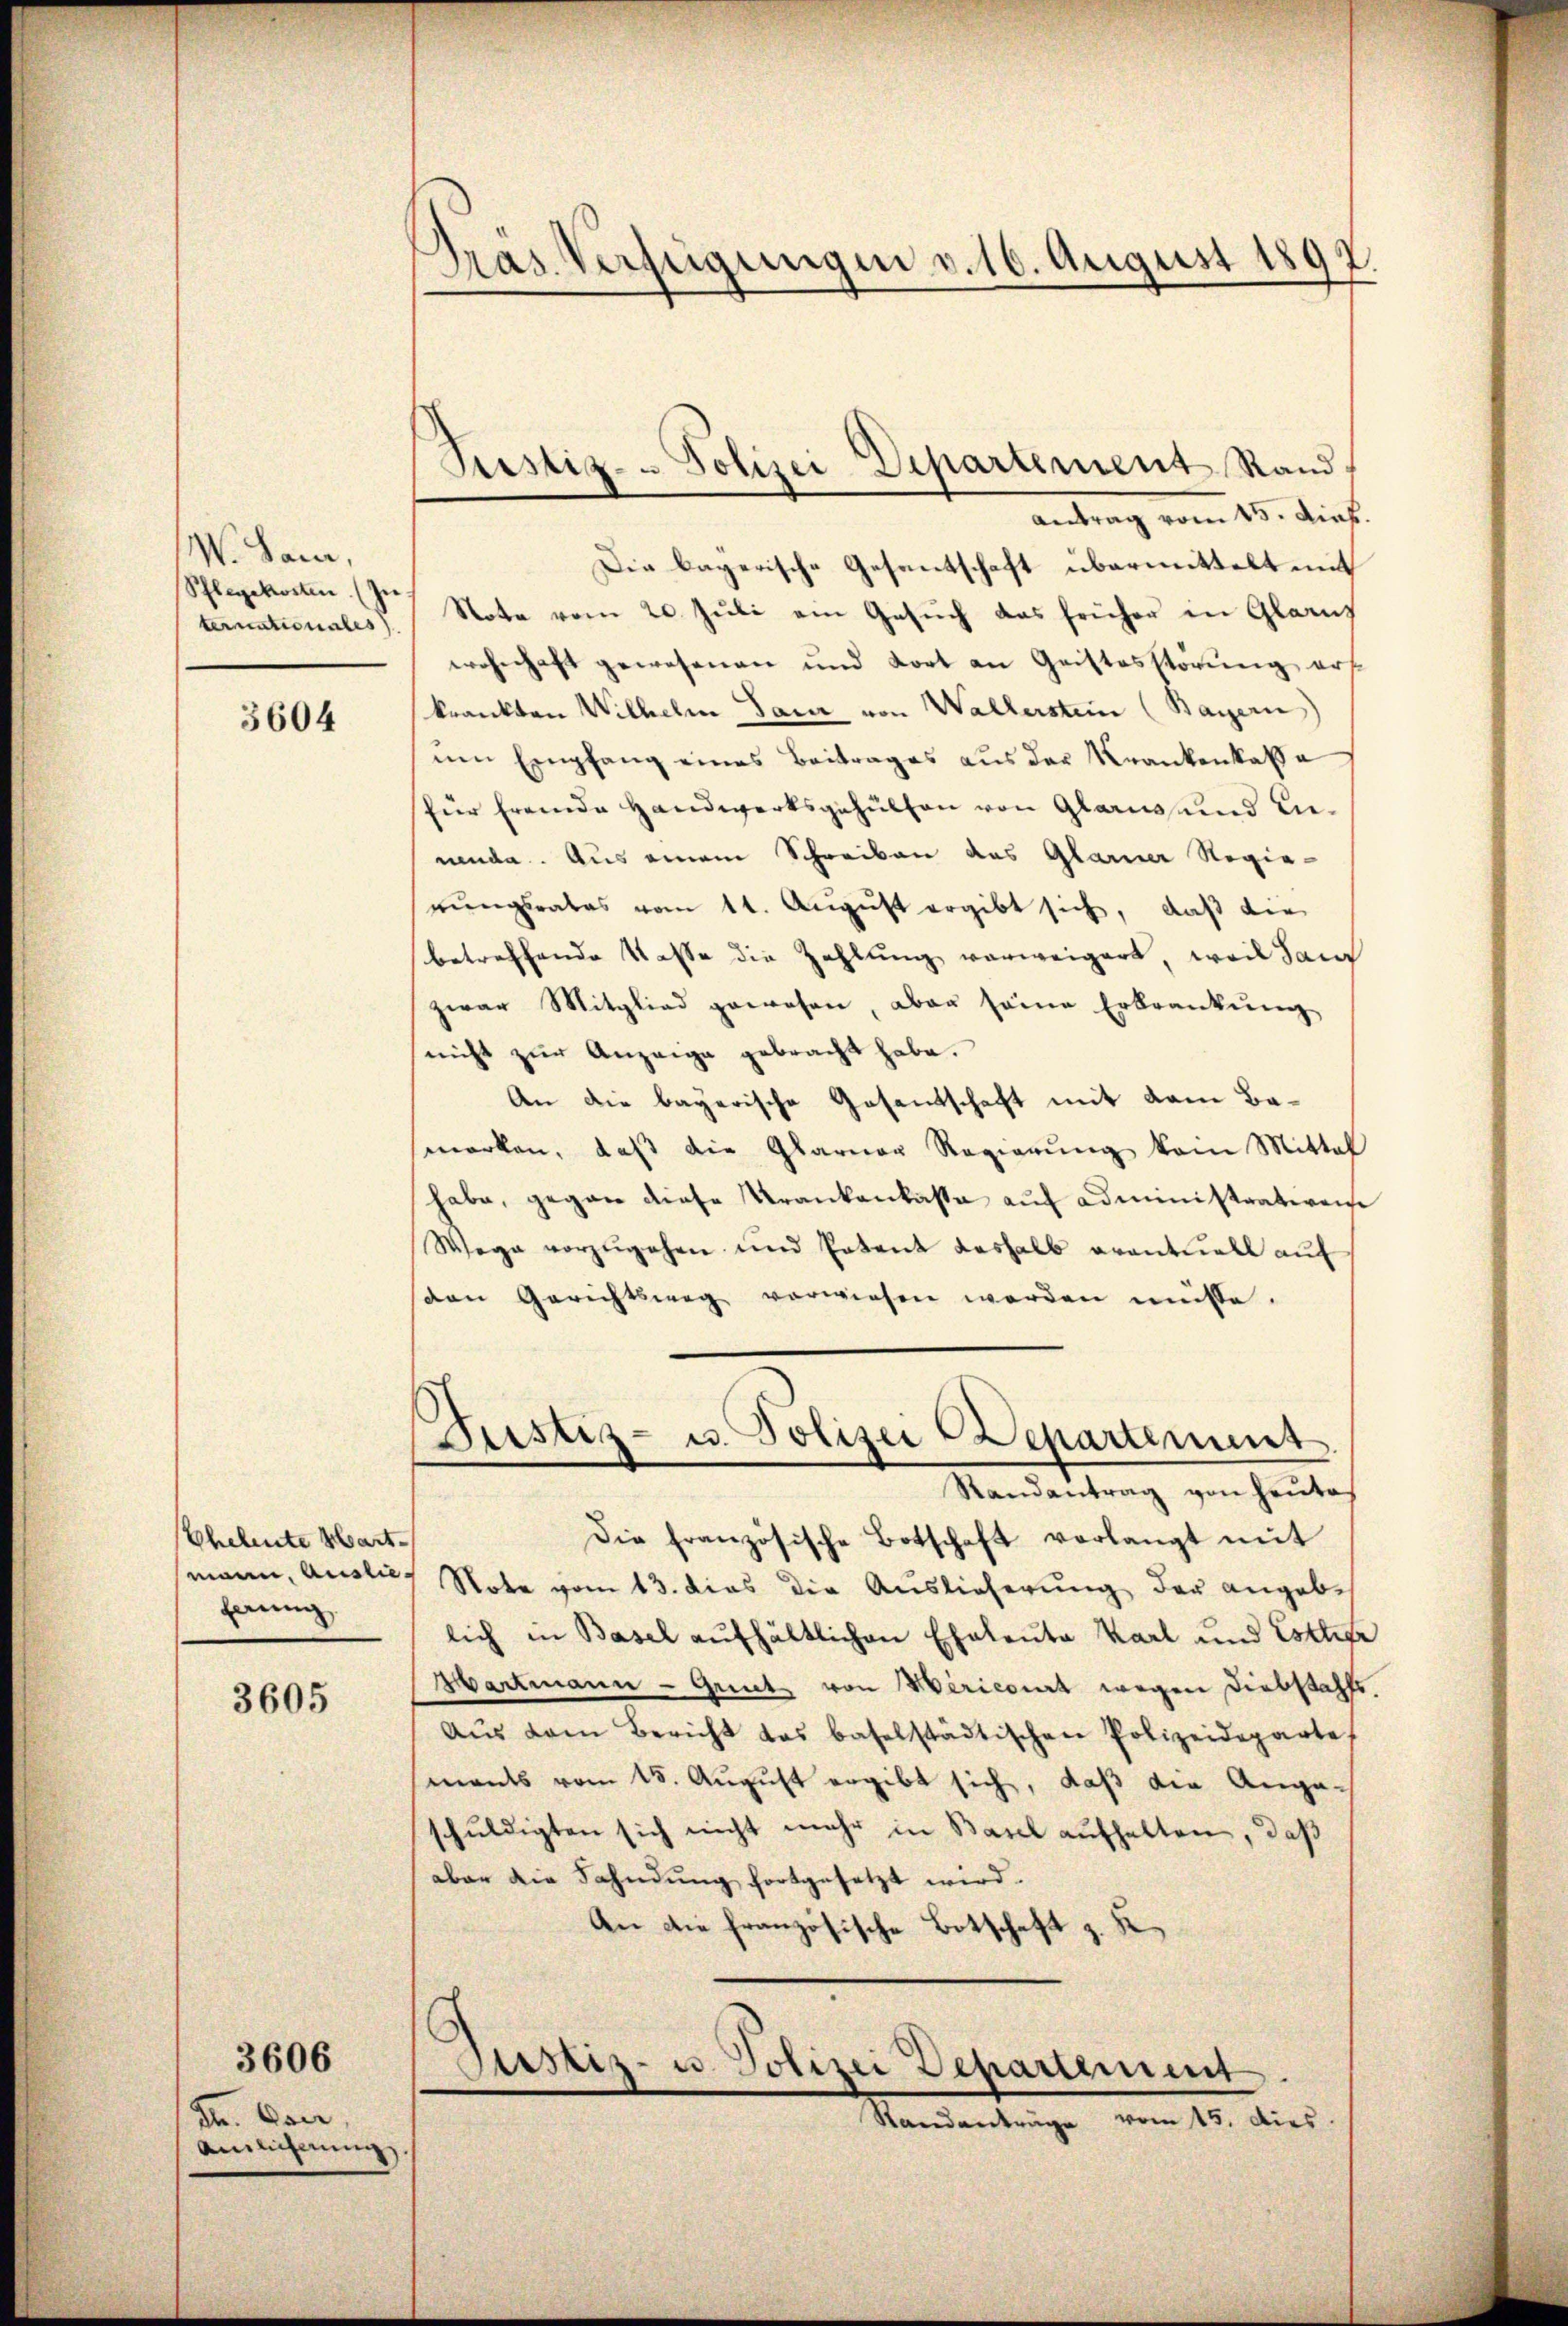
W. Sauer,
Pflegekosten (In
ternationales

3604

Ehelente Mart.
mann, Auslieherung

3605

Pr. Oser.
Anlicherŭng.

3606

¬
Pras. Verfügungen v. 16. August 1897.

Justiz- Polizei Departement Rand,

Antrag vom 15. Diet.
Die bayerische Gesantschaft übermittelt mit
Note vom 20. Juli am Gesŭch das früher in Glarus
wohnhaft gewesenen und dort an Geistesstörung erst
krankten Wilhelm Ganz von Walterstein (Bayern)
nen Empfang eines Beitrages aus der Krankenkaßa
für fremde Handwerksgehülfen von Glarus und unnende. Aus einem Schreiben das Glarner Regierungsrates vom 11. August ergibt sich, daß die
betreffende Kasse die Zahlung verweigert, weil dan
zwar Mitglied gewesen, aber seine Erkrankung
nicht zŭr Anzeige gebracht habe.
An die bayerische Gesantschaft mit dem Bamerken, daß die Glarner Regierung kein Mittel
habe, gegen diese Krankenkassa auf administrativen
Wege vorzŭgehen und Patent deshalb eventuell auf
den Gerichtsweg verwiesen werden müsse.
Justiz- u. Polizei Departement
Randantrag von heute
Die französische Botschaft verlangt mit
Note vom 13. dies die Auslieferŭng der angeb-
lich in Basel aufhältlichen Eheleute Karl und Esthete
Hartmann - Grütz von Mericirt wegen Diebstahls,
Aŭs dem Bericht das baselstädtischen Polizeideparte
mants vom 15. August ergibt sich, daß die Angaschuldigten sich nicht mehr in Basel aufhalten, daß
aber die Fahndung fortgesetzt wird.
An die französische Botschaft z. K

Justiz- u. Polizei Departement.
Standanträge vom 15. dies